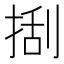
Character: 𢯔